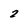
Character: 2